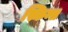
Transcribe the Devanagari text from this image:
स्किन्स